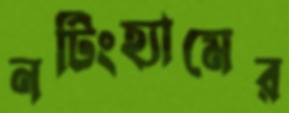
নটিংহ্যামের